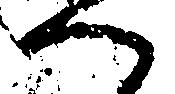
へ